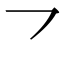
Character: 乛